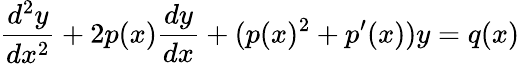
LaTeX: {\frac{d^{2}y}{dx^{2}}}+2p(x){\frac{dy}{dx}}+(p(x)^{2}+p^{\prime}(x))y=q(x)